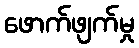
ဖောက်ဖျက်မှု